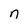
Character: n